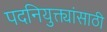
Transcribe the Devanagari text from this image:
पदनियुक्त्यांसाठी